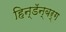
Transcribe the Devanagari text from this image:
हिन्डॅन्बर्ग